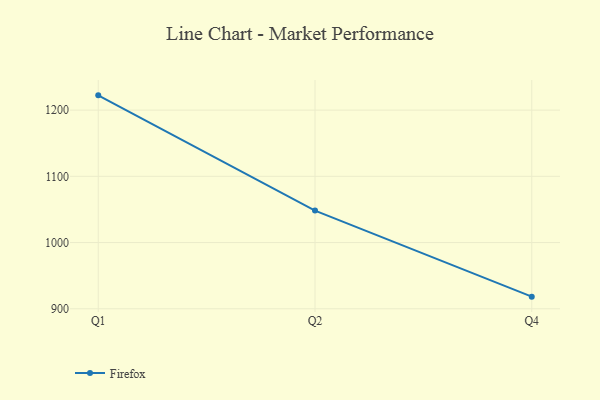
{"axis": {"x": "Quarter", "y": "Market Share (%)"}, "legend": ["Firefox"], "data": [{"x": "Q1", "y": 1222.3, "type": "Firefox"}, {"x": "Q2", "y": 1048.3, "type": "Firefox"}, {"x": "Q4", "y": 918.3, "type": "Firefox"}]}